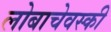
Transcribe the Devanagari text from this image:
लोबाचेवस्की